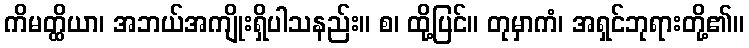
ကိမတ္ထိယာ၊ အဘယ်အကျိုးရှိပါသနည်း။ စ၊ ထို့ပြင်။ တုမှာကံ၊ အရှင်ဘုရားတို့၏။